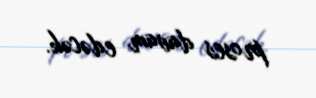
proses davam edəcək.